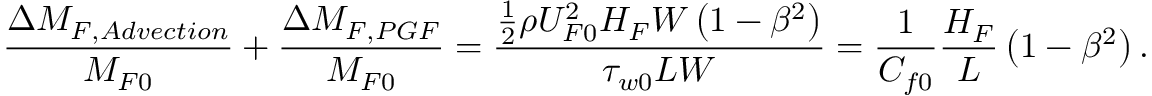
\frac { \Delta M _ { F , A d v e c t i o n } } { M _ { F 0 } } + \frac { \Delta M _ { F , P G F } } { M _ { F 0 } } = \frac { \frac { 1 } { 2 } \rho U _ { F 0 } ^ { 2 } H _ { F } W \left( 1 - \beta ^ { 2 } \right) } { \tau _ { w 0 } L W } = \frac { 1 } { C _ { f 0 } } \frac { H _ { F } } { L } \left( 1 - \beta ^ { 2 } \right) .